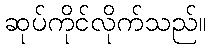
ဆုပ်ကိုင်လိုက်သည်။